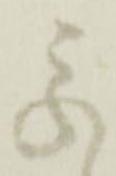
参